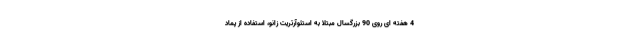
4 هفته ای روی 90 بزرگسال مبتلا به استئوآرتریت زانو، استفاده از پماد